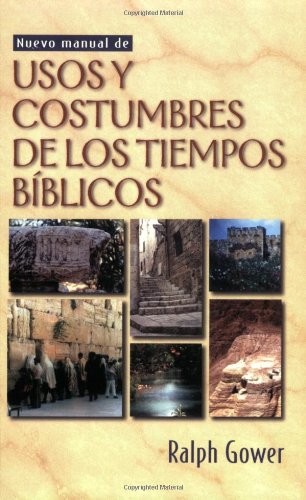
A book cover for Nuevo manual de usos y costumbres de los tiempos biblicos (Spanish Edition); Ralph Gower; Christian Books & Bibles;